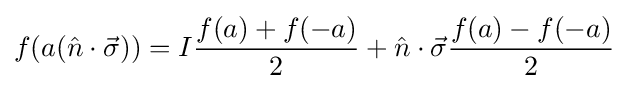
f(a({\hat {n}}\cdot {\vec {\sigma }}))=I{\frac {f(a)+f(-a)}{2}}+{\hat {n}}\cdot {\vec {\sigma }}{\frac {f(a)-f(-a)}{2}}